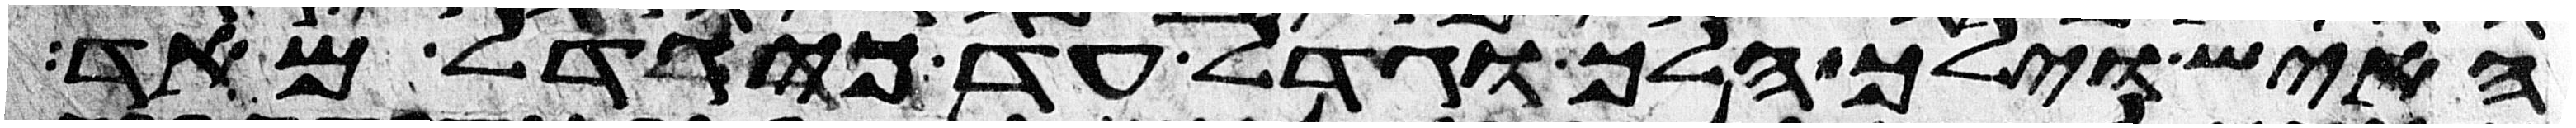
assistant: האיש וילך הלך וגדל עד כי גדל מאד